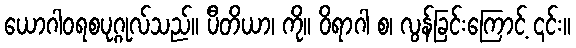
ယောဂါဝရစပုဂ္ဂုလ်သည်။ ပီတိယာ၊ ကို။ ဝိရာဂါ စ၊ လွန်ခြင်းကြောင့် ၎င်း။